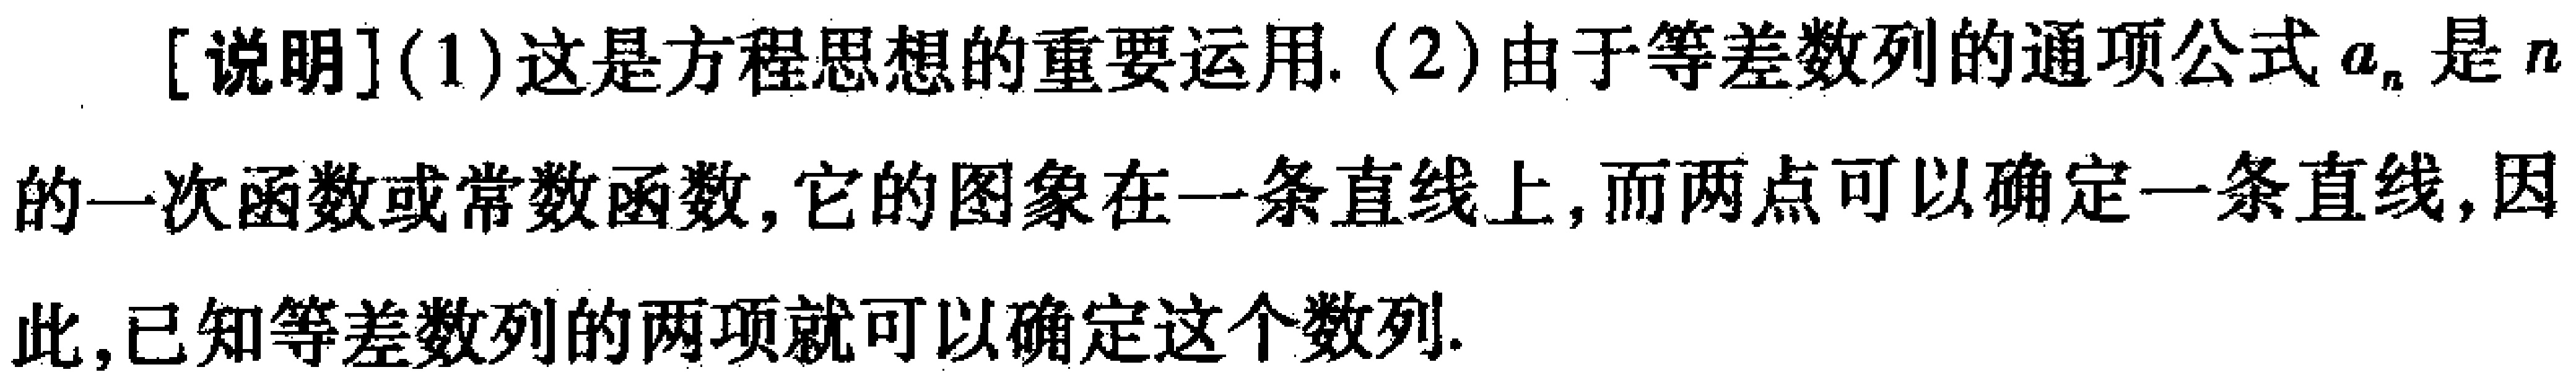
[说明](1)这是方程思想的重要运用. (2)由于等差数列的通项公式\(a_{n}\)是\(n\)的一次函数或常数函数, 它的图象在一条直线上, 而两点可以确定一条直线, 因此, 已知等差数列的两项就可以确定这个数列.